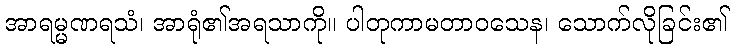
အာရမ္မဏရသံ၊ အာရုံ၏အရသာကို။ ပါတုကာမတာဝသေန၊ သောက်လိုခြင်း၏